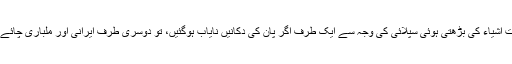
کراچی میں گٹکا، مین پوری اور دوسری مضر صحت اشیاء کی بڑھتی ہوئی سپلائی کی وجہ سے ایک طرف اگر پان کی دکانیں نایاب ہوگئیں، تو دوسری طرف ایرانی اور ملباری چائے کو سارے شہر میں کوئٹہ چائے نے اڑا کر رکھ دیا۔